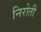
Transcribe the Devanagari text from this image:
निरोती